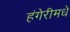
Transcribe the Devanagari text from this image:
हंगेरीमधे